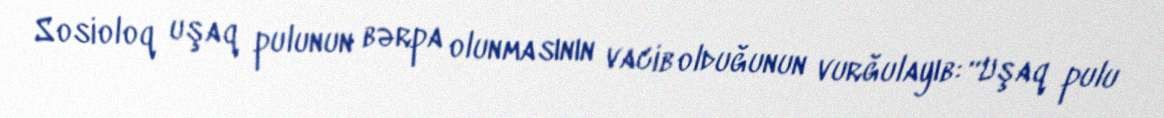
Sosioloq uşaq pulunun bərpa olunmasının vacib olduğunun vurğulayıb: “Uşaq pulu